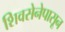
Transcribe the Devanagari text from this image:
शिवसेनेपासून